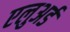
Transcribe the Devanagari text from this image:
एलुअर्ड